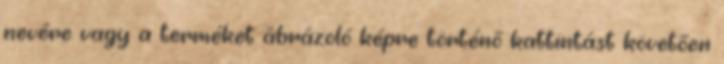
nevére vagy a terméket ábrázoló képre történő kattintást követően